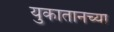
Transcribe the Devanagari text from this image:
युकातानच्या